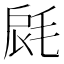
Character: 𣭺